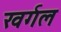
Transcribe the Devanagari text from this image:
खर्गल